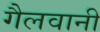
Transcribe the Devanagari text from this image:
गैलवानी